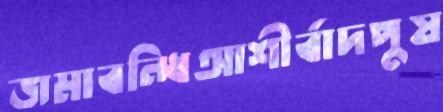
জমাবন্ধিআশীর্বাদপুষ